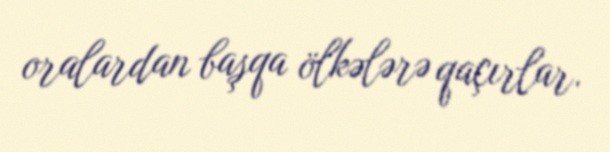
oralardan başqa ölkələrə qaçırlar.